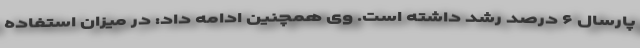
پارسال ۶ درصد رشد داشته است. وی همچنین ادامه داد: در میزان استفاده